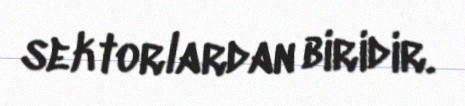
sektorlardan biridir.